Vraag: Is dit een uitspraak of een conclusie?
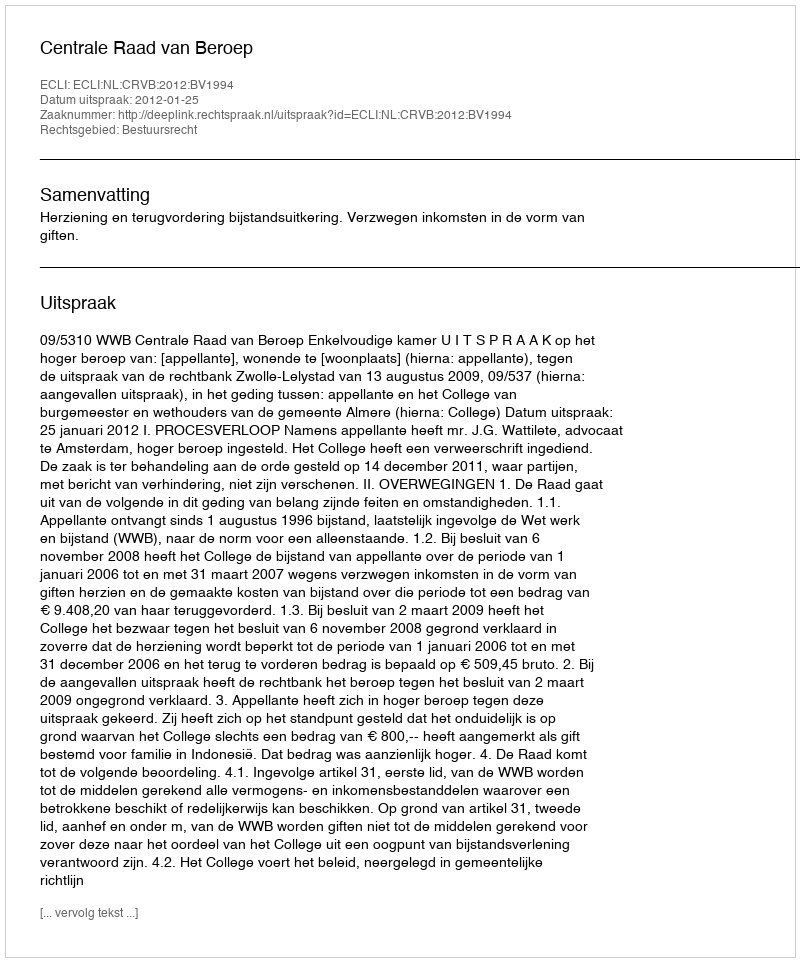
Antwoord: Uitspraak